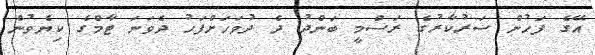
އޭގެ ފަހުން ސަރުކާރުގެ ރަސްމީ ބަންދު ދެ ދުވަހަށްފަހު ދެވަނަ ޓާމްގެ ކިޔެވުން